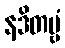
နဒိတဗ္ဗံ